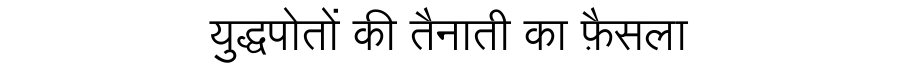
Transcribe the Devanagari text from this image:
युद्धपोतों की तैनाती का फ़ैसला